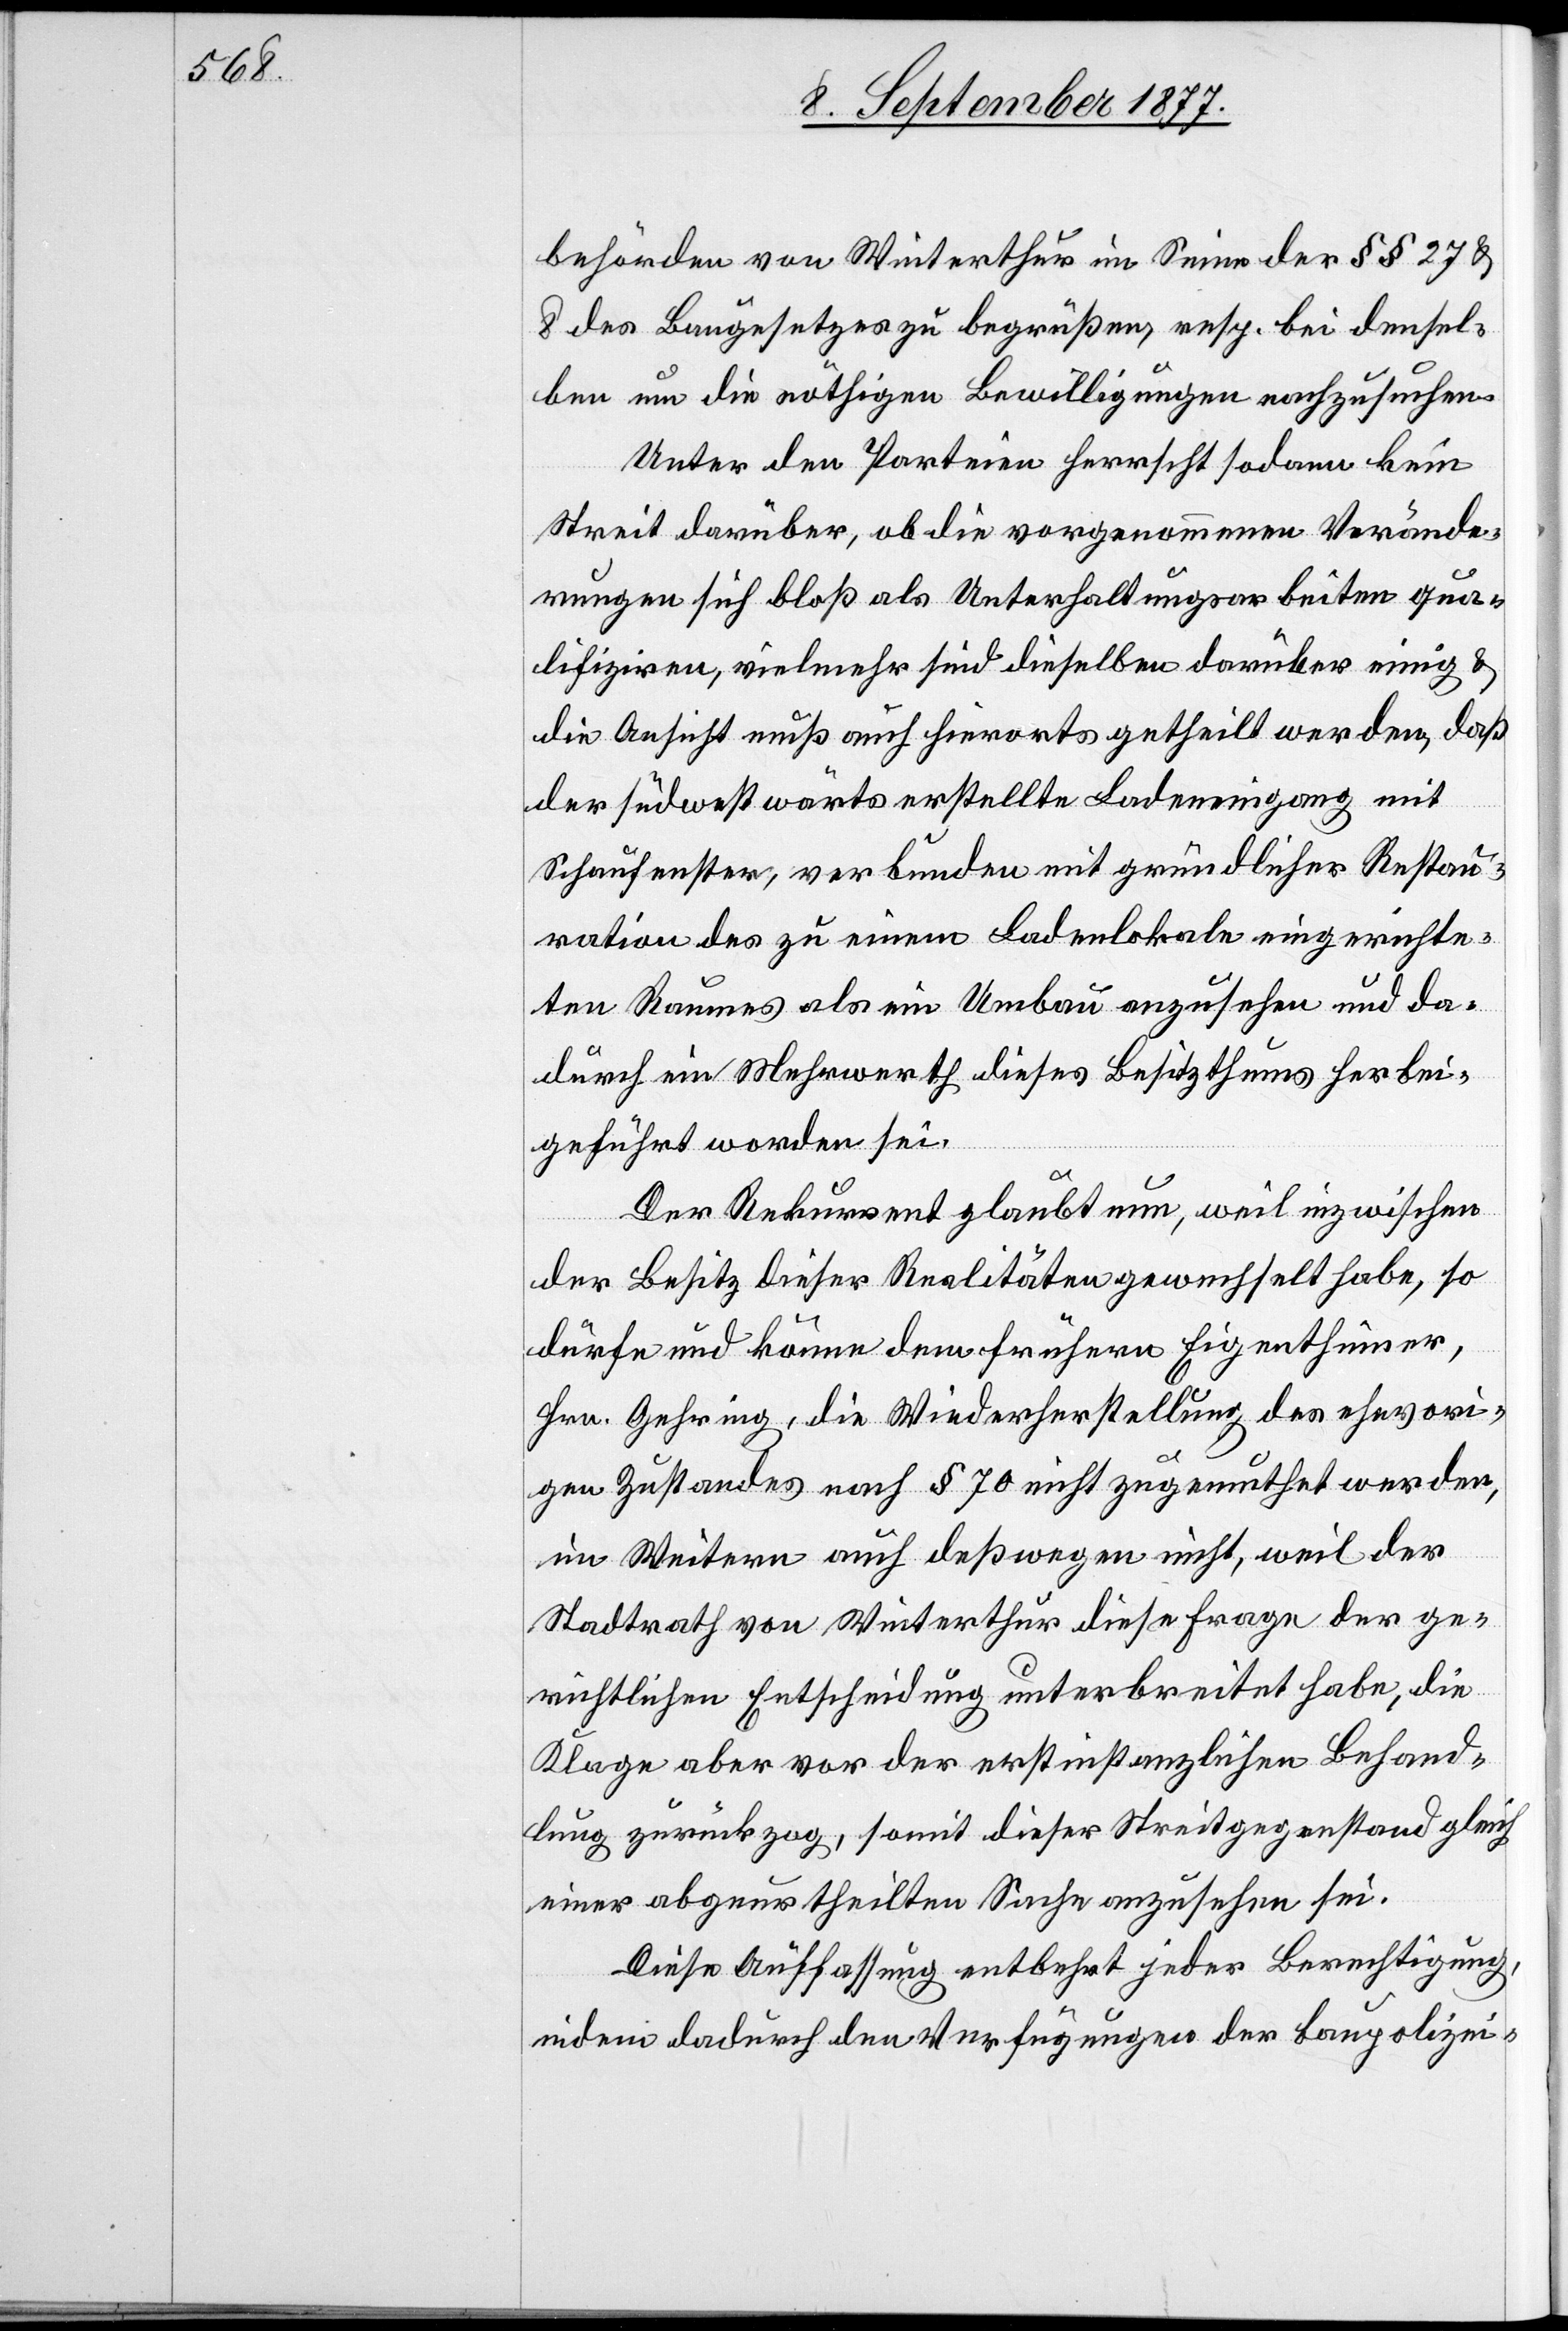
behörden von Winterthur im Sinne der §§ 27 &
8 des Baugesetzes zu begrüßen, resp. bei densel¬
ben um die nöthigen Bewilligungen nachzusuchen.
Unter den Parteien herrscht sodann kein
Streit darüber, ob die vorgenommenen Verände¬
rungen sich bloß als Unterhaltungsarbeiten qua¬
lifiziren, vielmehr sind dieselben darüber einig
die Ansicht muß auch hierorts getheilt werden, daß
der südwestwärts erstellte Ladeneingang mit
Schaufenster, verbunden mit gründlicher Restau¬
ration des zu einem Ladenlokale eingerichte¬
ten Raumes als ein Umbau anzusehen und da¬
durch ein Mehrwerth dieses Besitzthums herbei¬
geführt worden sei.
Der Rekurrent glaubt nun, weil inzwischen
der Besitz dieser Realitäten gewechselt habe, so
dürfe und könne dem frühern Eigenthümer,
Hrn. Gehring, die Wiederherstellung des ehevori¬
gen Zustandes nach § 70 nicht zugemuthet werden,
im Weitern auch deßwegen nicht, weil der
Stadtrath von Winterthur diese Frage der ge¬
richtlichen Entscheidung unterbreitet habe, die
Klage aber vor der erstinstanzlichen Behand¬
lung zurückzog, somit dieser Streitgegenstand gleich
einer abgeurtheilten Sache anzusehen sei.
Diese Auffassung entbehrt jeder Berechtigung,
indem dadurch den Verfügungen der baupolizei-